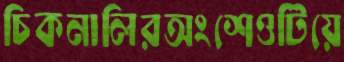
চিকনালিরঅংশেওটিয়ে